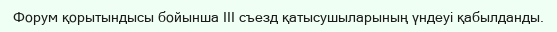
Форум қорытындысы бойынша III съезд қатысушыларының үндеуі қабылданды.